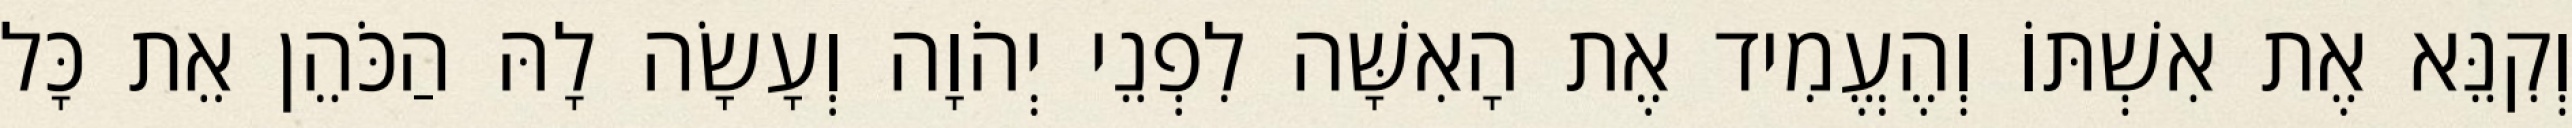
וְקִנֵּא אֶת אִשְׁתּוֹ וְהֶעֱמִיד אֶת הָאִשָּׁה לִפְנֵי יְהֹוָה וְעָשָׂה לָהּ הַכֹּהֵן אֵת כָּל